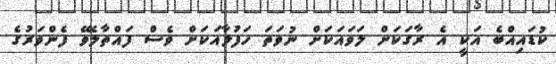
ކުޑައިއްބެ އަކީ އެ ރާގަކަށް ލަވައަކަށް ނުވަތަ ހަފުލާއަކަށް ވެސް ފައްތާލެވޭ ފެންވަރުގެ